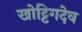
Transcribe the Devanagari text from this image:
खोट्टिगदेव